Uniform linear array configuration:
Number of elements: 4
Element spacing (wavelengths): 1
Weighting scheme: cosine
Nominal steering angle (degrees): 30
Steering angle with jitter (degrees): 28.959
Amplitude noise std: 0.05
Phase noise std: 0.05

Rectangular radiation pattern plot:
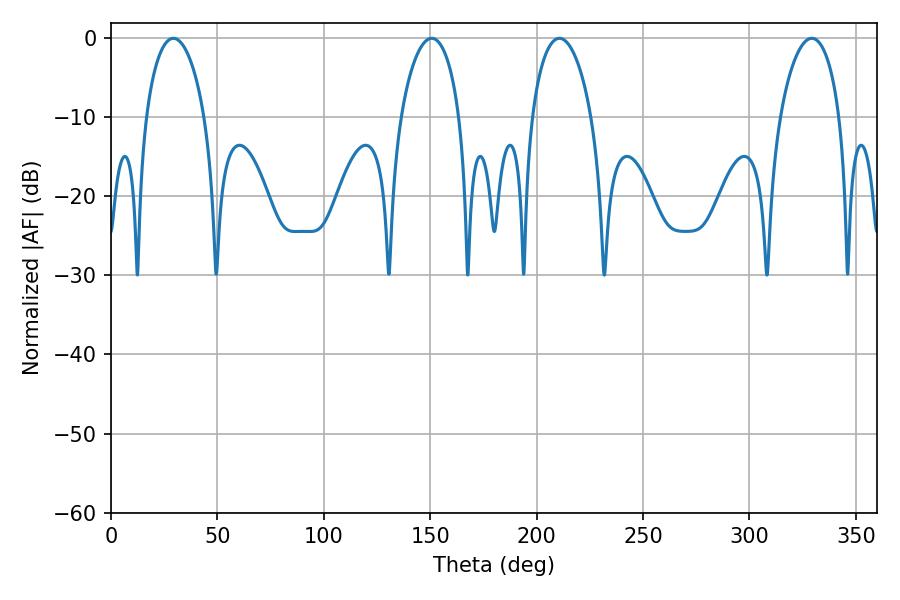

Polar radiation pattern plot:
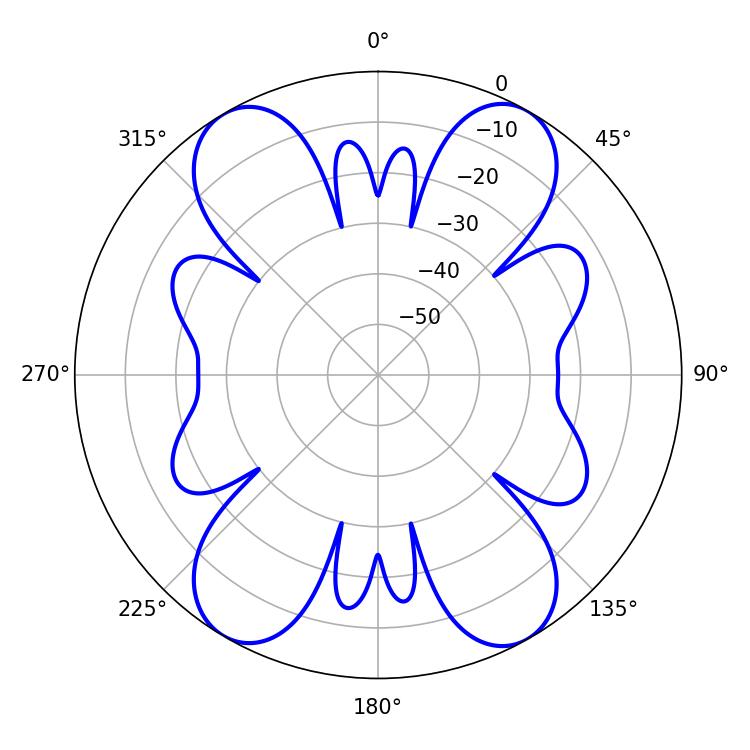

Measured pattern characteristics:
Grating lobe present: TRUE
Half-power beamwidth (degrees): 15.66
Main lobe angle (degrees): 29.34